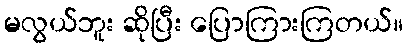
မလွယ်ဘူး ဆိုပြီး ပြောကြားကြတယ်။